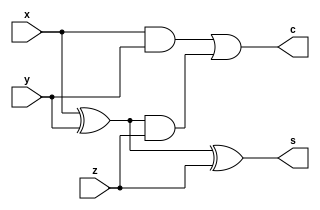
module fulladder(x,y,z,c,s); 
		input x,y,z; 
		output c,s; 
		assign c=x&y|(x^y)&z ; 
		assign s=x^y^z; 
	endmodule